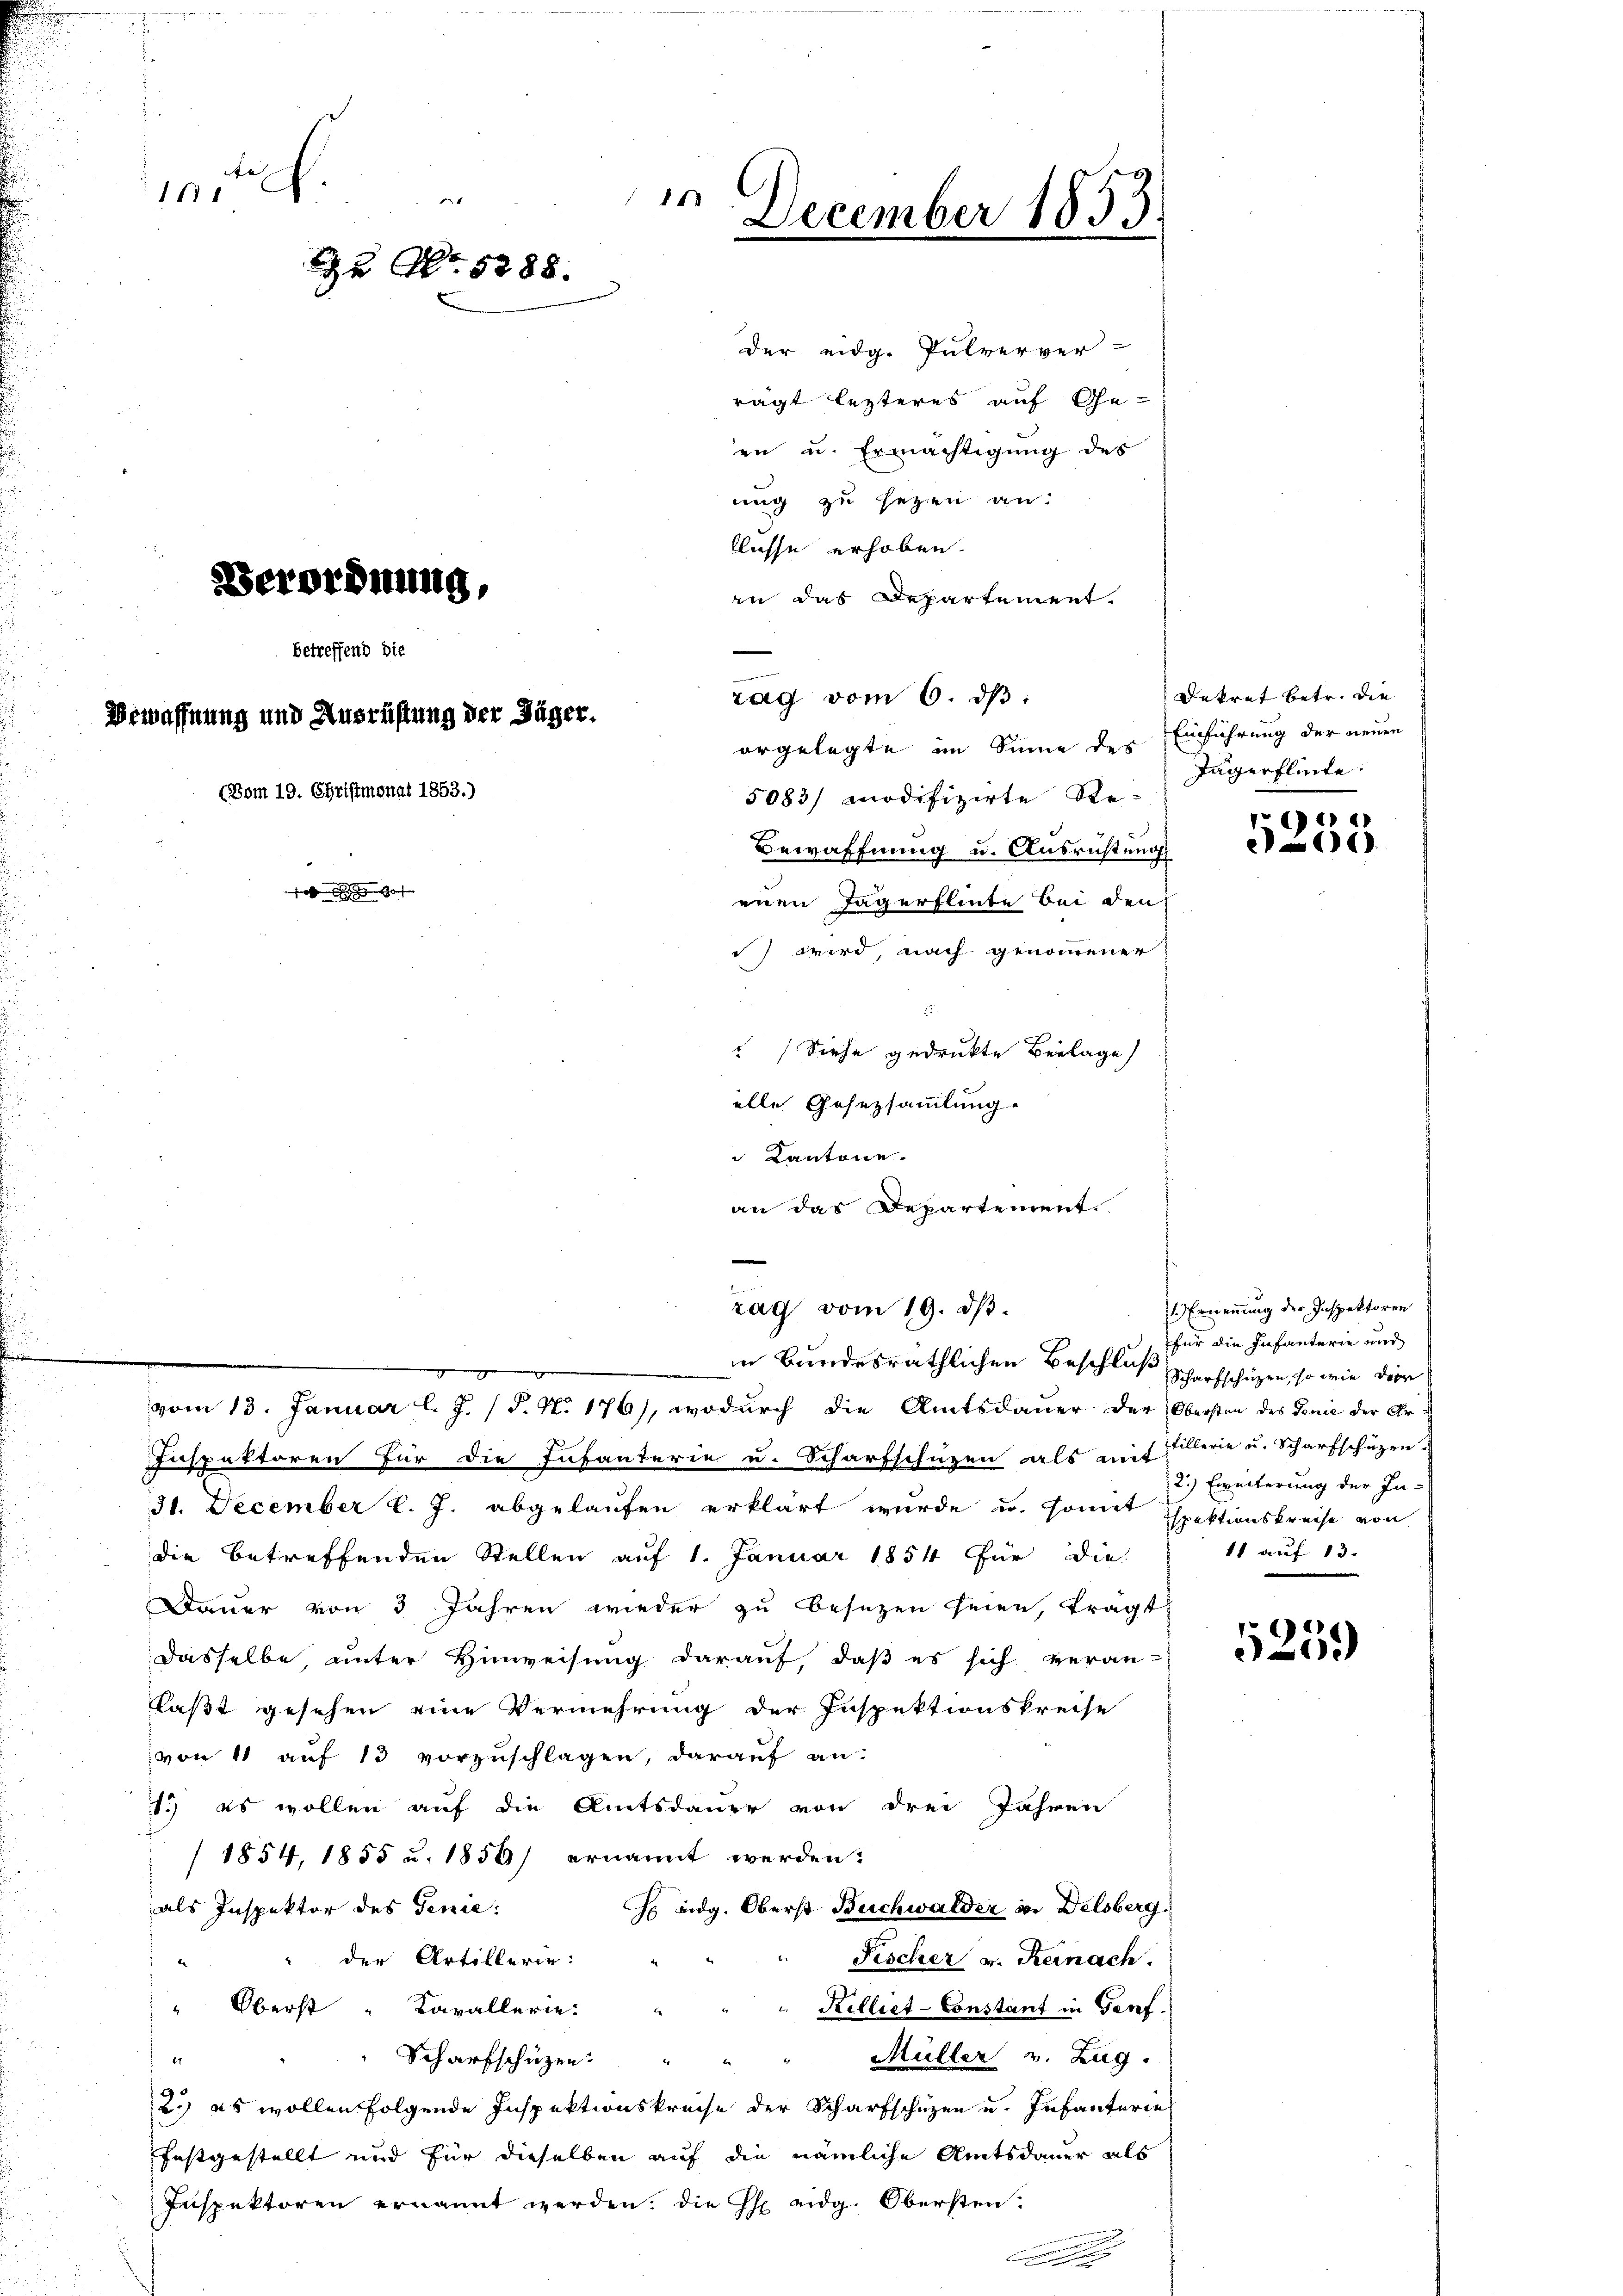
15
December 1853
Zu No. 5288.
Classe erhoben.
Verordnung,
in das Departement.
e
betreffend die
rag vom 6. dβ.
waffnung und Ausrüstung der Jäger.
orgelegte im Sinne des
(Vom 19. Christmonat 1853.)
5083/ modifizirte Re¬
Bewaffnung u. Ausrichtung 1868

1

e

der eidg. Pulverver-
rägt lezteres auf Ge-

en u. Ermächtigung des
nug zu sezen an:

Dekret betr. die
Einführung der neuen
enen Tagerflinte bei den
i wird, nach genommener
2
“ Siehe gedruckte Beilage
alle Gesetzsammlung.
 Kantone.
an das Departement.

.

Jägerflinte

1)

e
zag vom 19. d.
1. Ernennung der Inspektoren
für die Infanterie und
in Bundesräthlichen Beschluß

2.) Eweiterung der In-
11 auf 13.

5259

Scharfschützen, so wie der
vom 13. Januar l. J. (T. N. 176), wodurch die Amtsdauer der Obersten des Genie der Ar¬
Inspektoren für die Infanterie u. Scharfschüzen als auf allerie u. Scharfschüzen.
31. December l. J. abgelaufen erklärt wurde u. sonnet spektionskreise von
die betreffenden Stellen auf 1. Januar 1854 für die¬
Dauer von 3 Jahren wieder zu besezen seien, frägt
dasselbe, unter Hinweisung darauf, daß es sich veran-
laßt gesehen eine Vermehrung der Inspektionskreise
von 11 auf 13 vorzuschlagen, darauf an:
1.) es wollen auf die Amtsdauer von drei Jahren
/1854, 1855 u. 1856 ernannt werden:
als Inspektor des Genie:
 eidg. Oberst Buchwalder in Delsberg,
 der Artillerie:
Fischer v. Reinach.
" Oberst " Cavallerie.
Killiet-Constant in Genf.
" Müller v. Zug.
¬
Scharfschüzen.
i
2.) es wollen folgende Inspektionskreise der Scharfschüzen u. Infanteriel
festgestellt und für dieselben auf die nämliche Amtsdauer als
Inspektoren ernannt werden. Die G. eidg. Obersten.